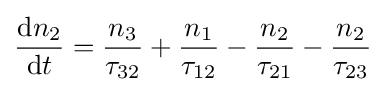
{\frac {\mathrm {d} n_{2}}{\mathrm {d} t}}={\frac {n_{3}}{\tau _{32}}}+{\frac {n_{1}}{\tau _{12}}}-{\frac {n_{2}}{\tau _{21}}}-{\frac {n_{2}}{\tau _{23}}}